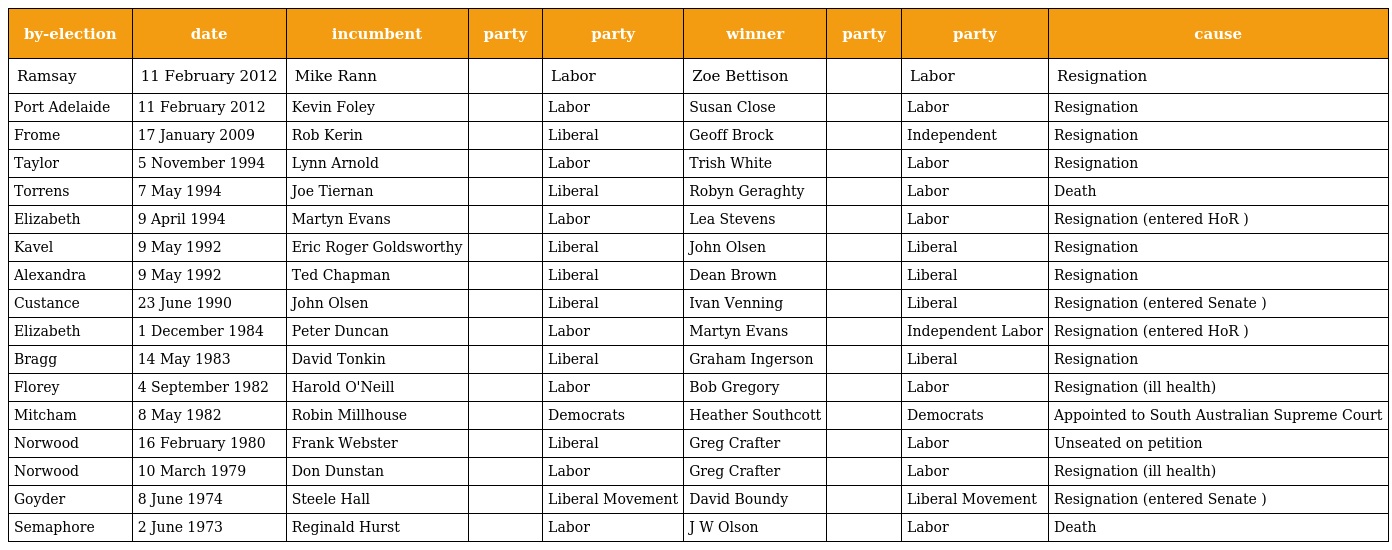
| by-election | date | incumbent | party | party | winner | party | party | cause |
 | --- | --- | --- | --- | --- | --- | --- | --- | --- |
 | Ramsay | 11 February 2012 | Mike Rann |  | Labor | Zoe Bettison |  | Labor | Resignation |
 | Port Adelaide | 11 February 2012 | Kevin Foley |  | Labor | Susan Close |  | Labor | Resignation |
 | Frome | 17 January 2009 | Rob Kerin |  | Liberal | Geoff Brock |  | Independent | Resignation |
 | Taylor | 5 November 1994 | Lynn Arnold |  | Labor | Trish White |  | Labor | Resignation |
 | Torrens | 7 May 1994 | Joe Tiernan |  | Liberal | Robyn Geraghty |  | Labor | Death |
 | Elizabeth | 9 April 1994 | Martyn Evans |  | Labor | Lea Stevens |  | Labor | Resignation (entered HoR ) |
 | Kavel | 9 May 1992 | Eric Roger Goldsworthy |  | Liberal | John Olsen |  | Liberal | Resignation |
 | Alexandra | 9 May 1992 | Ted Chapman |  | Liberal | Dean Brown |  | Liberal | Resignation |
 | Custance | 23 June 1990 | John Olsen |  | Liberal | Ivan Venning |  | Liberal | Resignation (entered Senate ) |
 | Elizabeth | 1 December 1984 | Peter Duncan |  | Labor | Martyn Evans |  | Independent Labor | Resignation (entered HoR ) |
 | Bragg | 14 May 1983 | David Tonkin |  | Liberal | Graham Ingerson |  | Liberal | Resignation |
 | Florey | 4 September 1982 | Harold O'Neill |  | Labor | Bob Gregory |  | Labor | Resignation (ill health) |
 | Mitcham | 8 May 1982 | Robin Millhouse |  | Democrats | Heather Southcott |  | Democrats | Appointed to South Australian Supreme Court |
 | Norwood | 16 February 1980 | Frank Webster |  | Liberal | Greg Crafter |  | Labor | Unseated on petition |
 | Norwood | 10 March 1979 | Don Dunstan |  | Labor | Greg Crafter |  | Labor | Resignation (ill health) |
 | Goyder | 8 June 1974 | Steele Hall |  | Liberal Movement | David Boundy |  | Liberal Movement | Resignation (entered Senate ) |
 | Semaphore | 2 June 1973 | Reginald Hurst |  | Labor | J W Olson |  | Labor | Death |